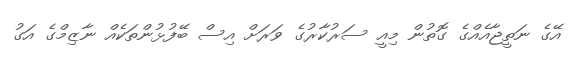
އޭގެ ނަތީޖާއެއްގެ ގޮތުން މިއީ ސަރުކާރުގެ ވަރަށް އިސް ބޭފުޅުންތަކެއް ނާޒިމްގެ އަގު